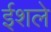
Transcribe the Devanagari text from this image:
ईशले